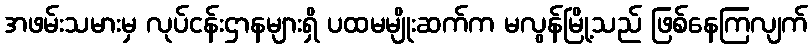
အဖမ်းသမားမှ လုပ်ငန်းဌာနများရှိ ပထမမျိုးဆက်က မလွန်မြို့သည် ဖြစ်နေကြလျက်